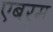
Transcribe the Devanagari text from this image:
एबर्म